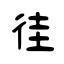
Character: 徍